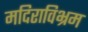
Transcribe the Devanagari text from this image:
मदिराविभ्रम